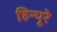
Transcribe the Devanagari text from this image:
हिन्यूरे